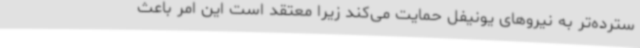
سترده‌تر به نیروهای یونیفل حمایت می‌کند زیرا معتقد است این امر باعث